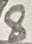
Text: 8